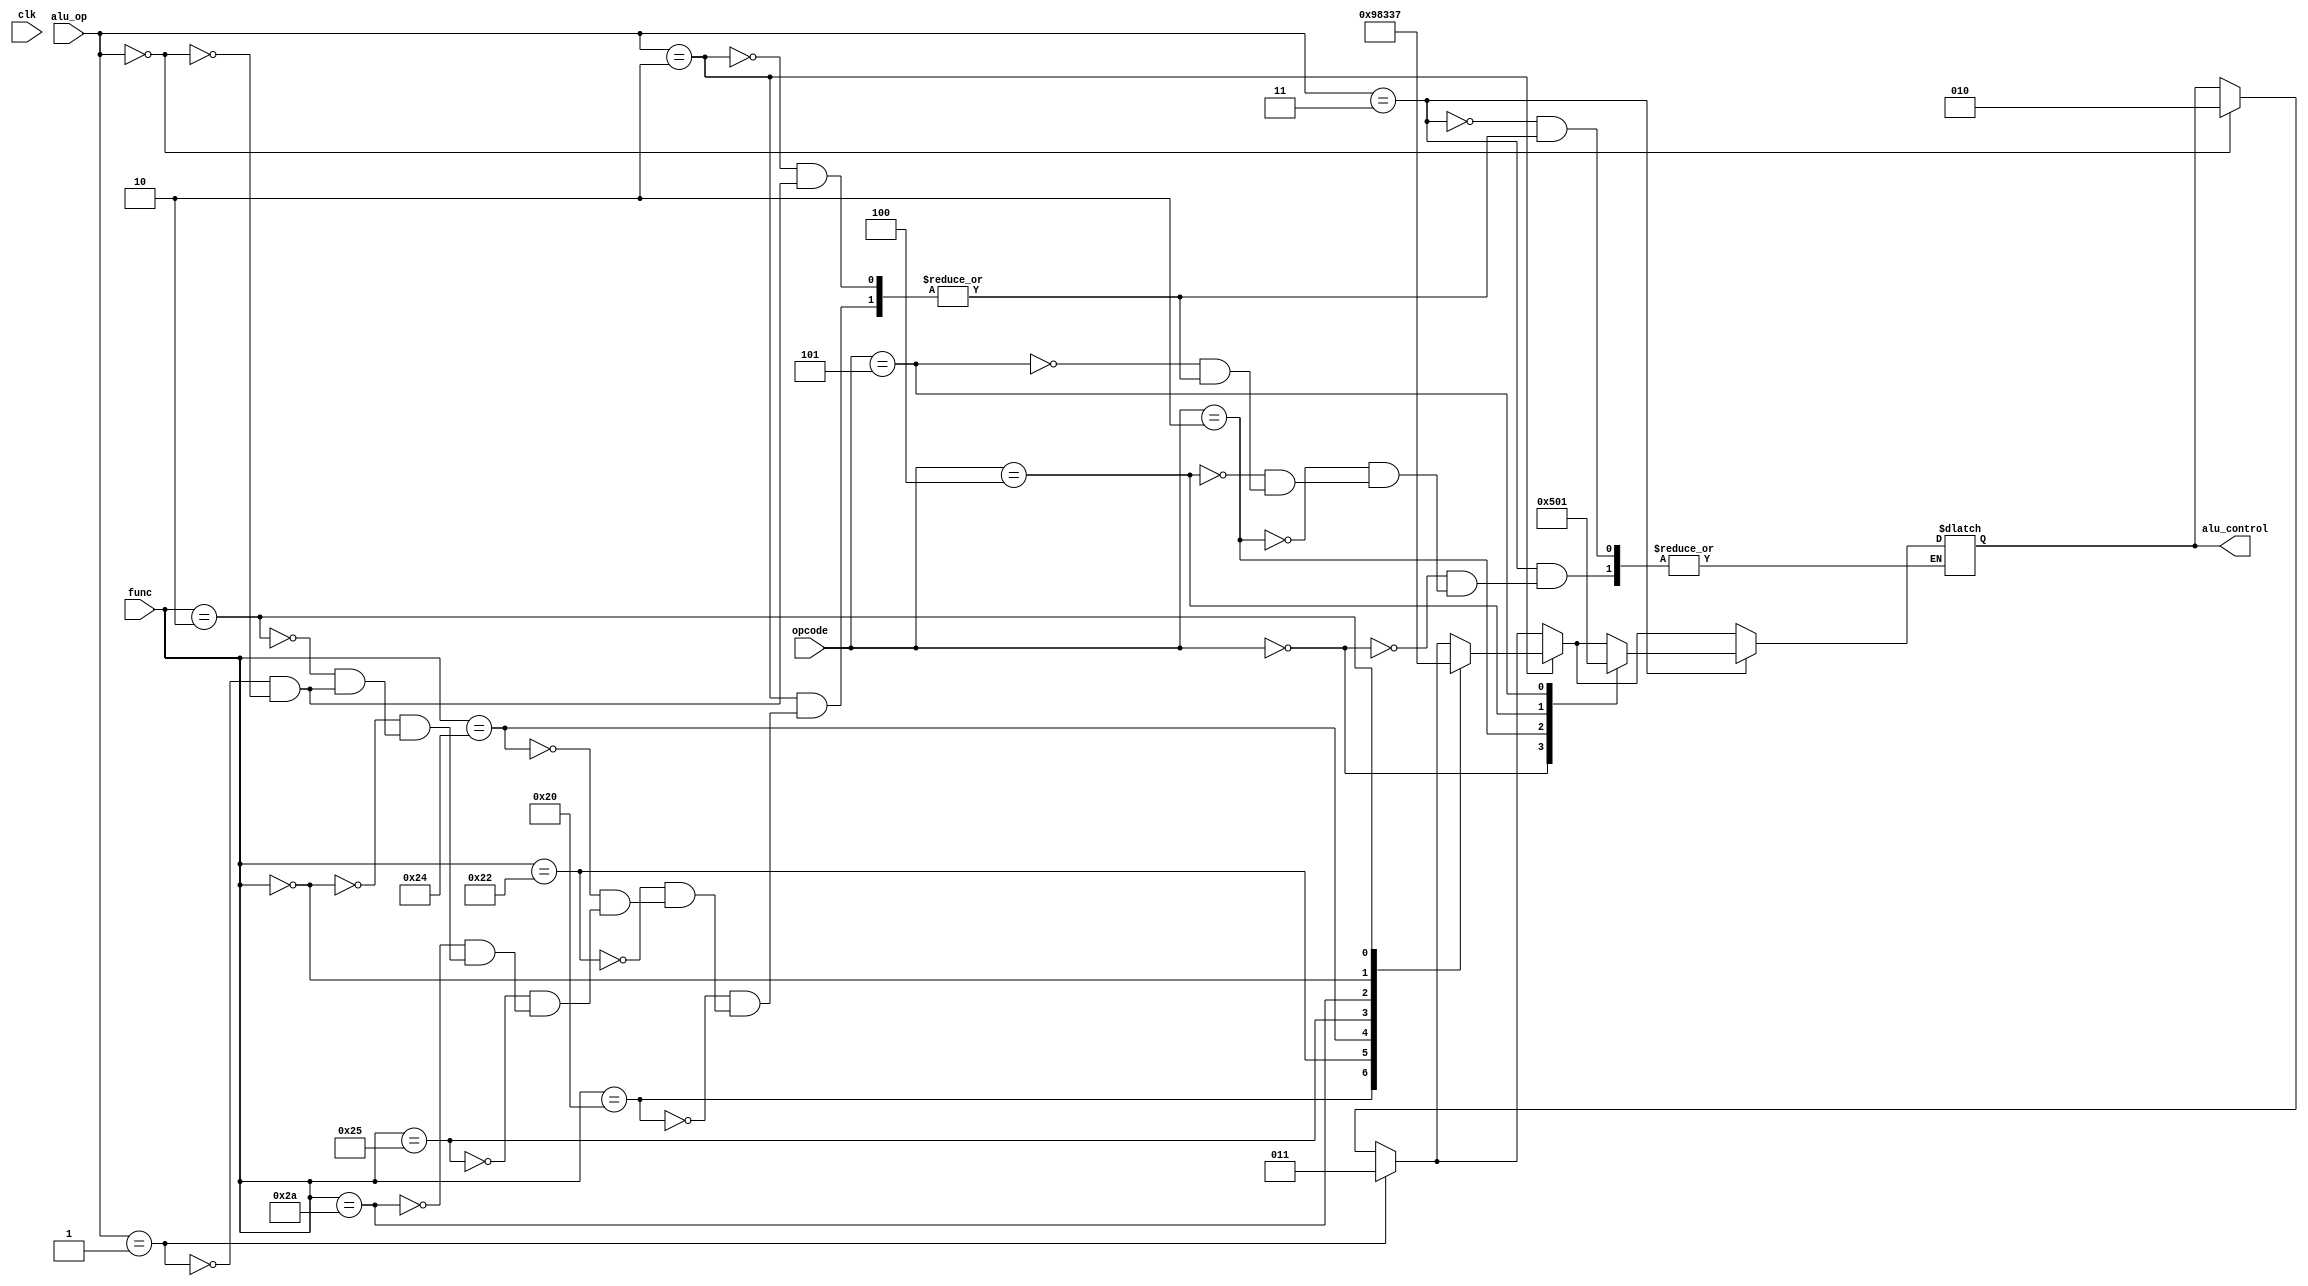
module alu_control(
	input clk,
	input  [2:0] opcode,
	input  [1:0] alu_op,
	input  [5:0] func,
	output reg [2:0] alu_control);
	
	always@(*)
		begin
			if(alu_op == 2'b00)
				begin
					alu_control <= 3'b010;
				end
				
			if(alu_op == 2'b01)
				begin
					alu_control <= 3'b011;
				end
				
			if(alu_op == 2'b10)
				begin
					case(func)
						6'd32:  alu_control <= 3'b010;//add
						6'd34:  alu_control <= 3'b011;//subtract
						6'd36:  alu_control <= 3'b000;//and
						6'd37:  alu_control <= 3'b001;//or
						6'd42:  alu_control <= 3'b100;//slt
						6'd0 :  alu_control <= 3'b110;//sll
						6'd2 :  alu_control <= 3'b111;//srl
						default:; 
					endcase
				end
			if(alu_op == 2'b11)
				begin
					case(opcode)
						3'b000: alu_control <= 3'b010;
						3'b010: alu_control <= 3'b100;
						3'b100: alu_control <= 3'b000;
						3'b101: alu_control <= 3'b001;
						default:;
					endcase
				end
		end

endmodule